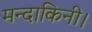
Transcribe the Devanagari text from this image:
मन्दाकिनी।